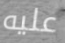
عليه